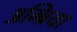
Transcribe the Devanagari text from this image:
अम्ब्रिया